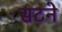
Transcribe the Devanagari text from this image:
सटने